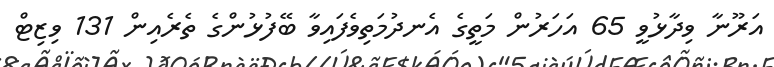
އަރޫނާ ވިދާޅުވީ 65 އަހަރުން މަތީގެ އެނދުމަތިވެފައިވާ ބޭފުޅުންގެ ތެރެއިން 131 ވިޒިޓް